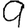
Digit: 9